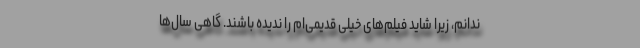
ندانم، زیرا شاید فیلم‌های خیلی قدیمی‌ام را ندیده باشند. گاهی سال‌ها